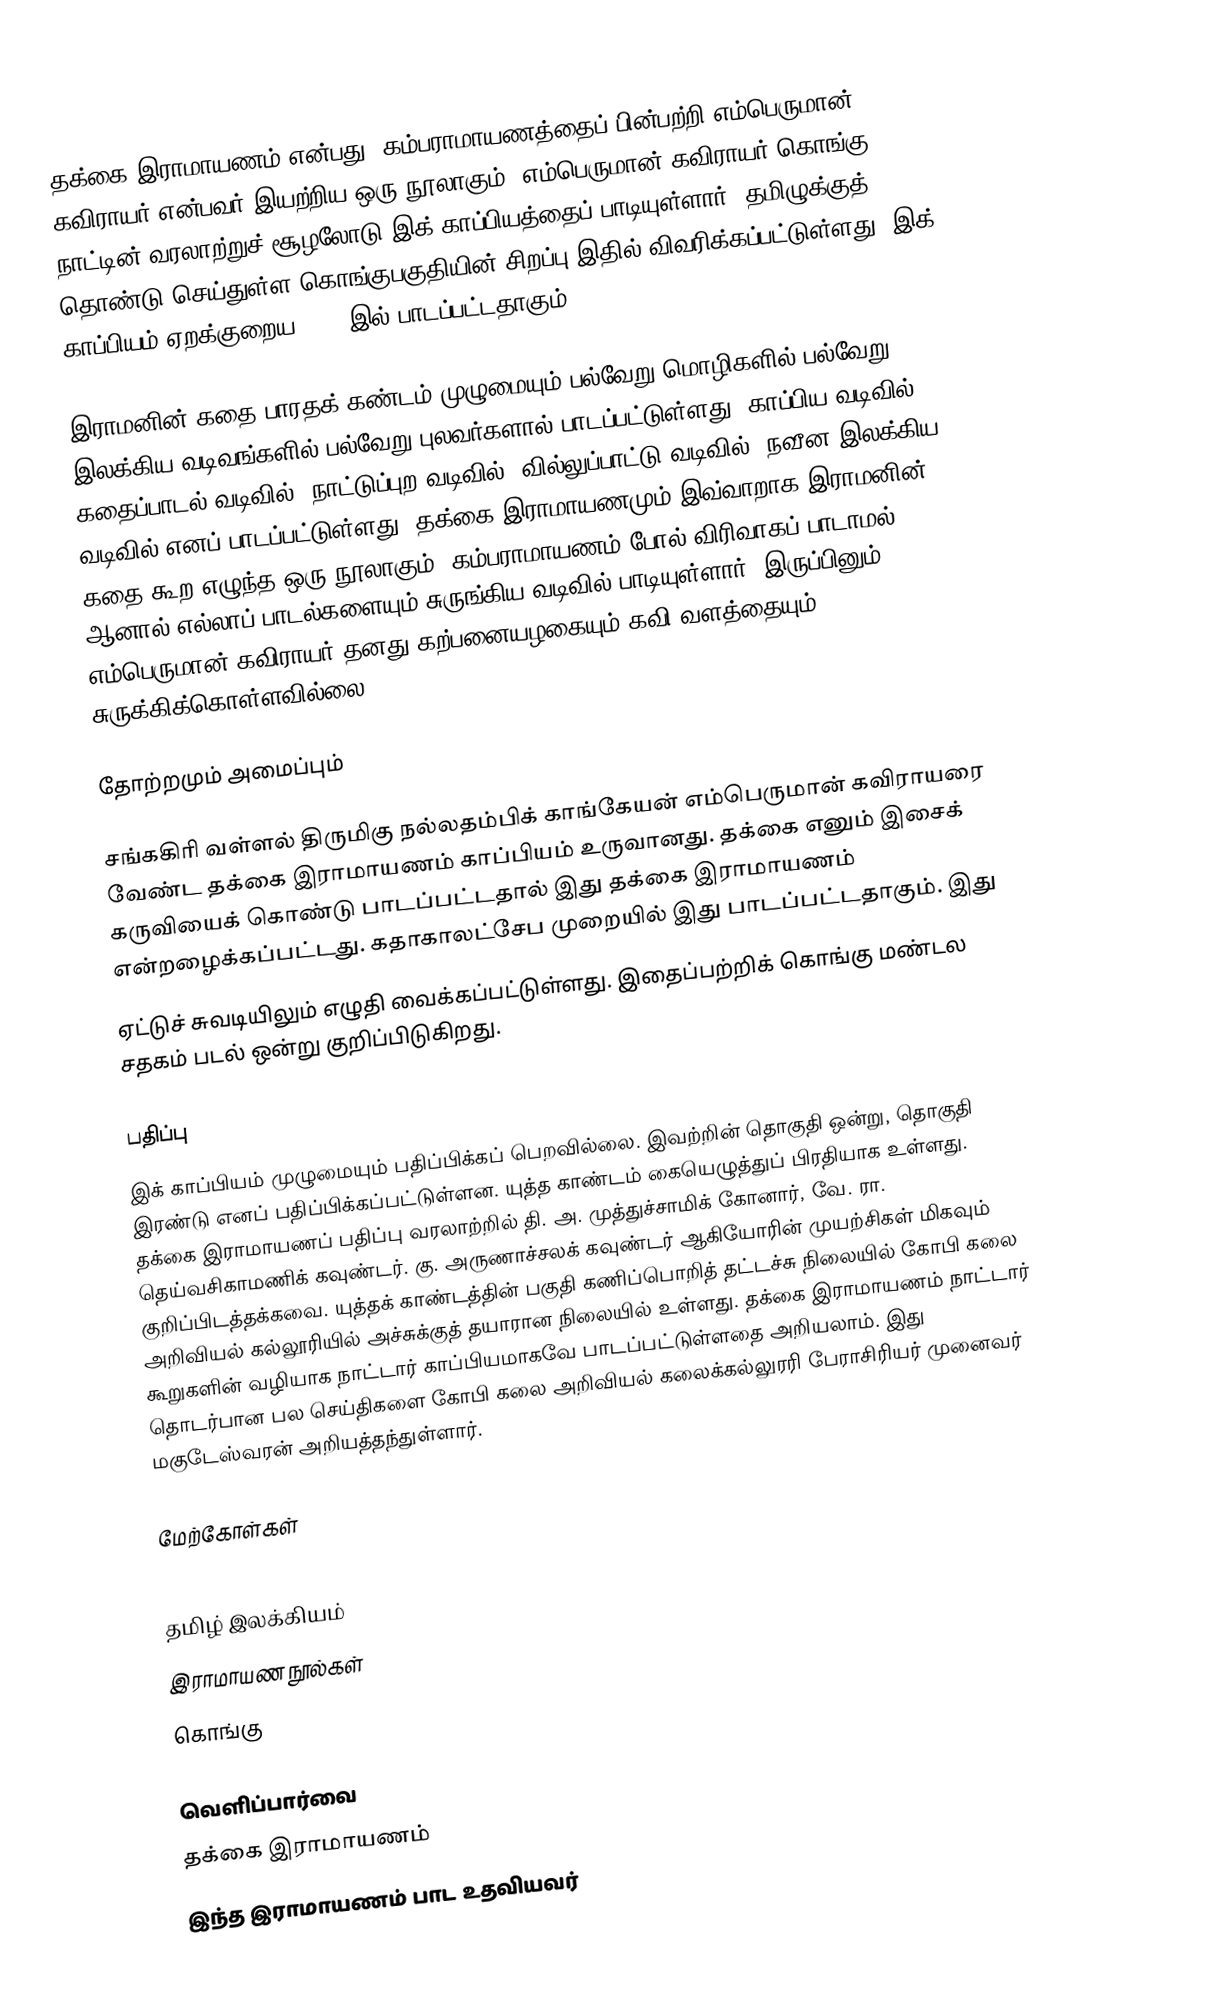
தக்கை இராமாயணம் என்பது, கம்பராமாயணத்தைப் பின்பற்றி எம்பெருமான் கவிராயர் என்பவர் இயற்றிய ஒரு நூலாகும். எம்பெருமான் கவிராயர் கொங்கு நாட்டின் வரலாற்றுச் சூழலோடு இக் காப்பியத்தைப் பாடியுள்ளார். தமிழுக்குத் தொண்டு செய்துள்ள கொங்குபகுதியின் சிறப்பு இதில் விவரிக்கப்பட்டுள்ளது. இக் காப்பியம் ஏறக்குறைய 1600 இல் பாடப்பட்டதாகும்.

இராமனின் கதை பாரதக் கண்டம் முழுமையும் பல்வேறு மொழிகளில் பல்வேறு இலக்கிய வடிவங்களில் பல்வேறு புலவர்களால் பாடப்பட்டுள்ளது. காப்பிய வடிவில், கதைப்பாடல் வடிவில், நாட்டுப்புற வடிவில், வில்லுப்பாட்டு வடிவில், நவீன இலக்கிய வடிவில் எனப் பாடப்பட்டுள்ளது. தக்கை இராமாயணமும் இவ்வாறாக இராமனின் கதை கூற எழுந்த ஒரு நூலாகும். கம்பராமாயணம் போல் விரிவாகப் பாடாமல் ஆனால் எல்லாப் பாடல்களையும் சுருங்கிய வடிவில் பாடியுள்ளார். இருப்பினும் எம்பெருமான் கவிராயர் தனது கற்பனையழகையும் கவி வளத்தையும் சுருக்கிக்கொள்ளவில்லை.

தோற்றமும் அமைப்பும்

சங்ககிரி வள்ளல் திருமிகு நல்லதம்பிக் காங்கேயன் எம்பெருமான் கவிராயரை வேண்ட தக்கை இராமாயணம் காப்பியம் உருவானது. தக்கை எனும் இசைக் கருவியைக் கொண்டு பாடப்பட்டதால் இது தக்கை இராமாயணம் என்றழைக்கப்பட்டது. கதாகாலட்சேப முறையில் இது பாடப்பட்டதாகும். இது
ஏட்டுச் சுவடியிலும் எழுதி வைக்கப்பட்டுள்ளது. இதைப்பற்றிக் கொங்கு மண்டல சதகம் படல் ஒன்று குறிப்பிடுகிறது.

பதிப்பு
இக் காப்பியம் முழுமையும் பதிப்பிக்கப் பெறவில்லை. இவற்றின் தொகுதி ஒன்று, தொகுதி இரண்டு எனப் பதிப்பிக்கப்பட்டுள்ளன. யுத்த காண்டம் கையெழுத்துப் பிரதியாக உள்ளது. தக்கை இராமாயணப் பதிப்பு வரலாற்றில் தி. அ. முத்துச்சாமிக் கோனார், வே. ரா. தெய்வசிகாமணிக் கவுண்டர். கு. அருணாச்சலக் கவுண்டர் ஆகியோரின் முயற்சிகள் மிகவும் குறிப்பிடத்தக்கவை. யுத்தக் காண்டத்தின் பகுதி கணிப்பொறித் தட்டச்சு நிலையில் கோபி கலை அறிவியல் கல்லூரியில் அச்சுக்குத் தயாரான நிலையில் உள்ளது. தக்கை இராமாயணம் நாட்டார் கூறுகளின் வழியாக நாட்டார் காப்பியமாகவே பாடப்பட்டுள்ளதை அறியலாம். இது தொடர்பான பல செய்திகளை கோபி கலை அறிவியல் கலைக்கல்லுரரி பேராசிரியர் முனைவர் மகுடேஸ்வரன் அறியத்தந்துள்ளார்.

மேற்கோள்கள்

தமிழ் இலக்கியம்
இராமாயண நூல்கள்
கொங்கு

வெளிப்பார்வை
 தக்கை இராமாயணம்
 இந்த இராமாயணம் பாட உதவியவர்